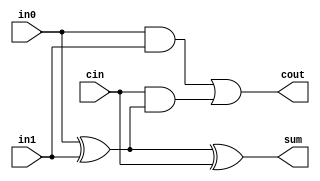
module full_adder(in0, in1, cin, sum, cout);

	input in0;
	input in1;
	input cin;
 	output reg sum;
	output reg cout;
	
	assign sum = (in0 ^ in1) ^ cin;
	assign cout = (in0 & in1) | (cin & (in0 ^ in1));

endmodule